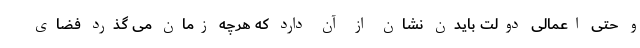
و حتی اعمالی دولت بایدن نشان از آن دارد که هرچه زمان می گذرد فضای